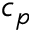
c _ { p }